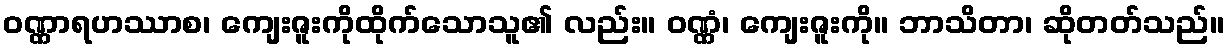
ဝဏ္ဏာရဟဿာစ၊ ကျေးဇူးကိုထိုက်သောသူ၏ လည်း။ ဝဏ္ဏံ၊ ကျေးဇူးကို။ ဘာသိတာ၊ ဆိုတတ်သည်။